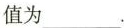
值为_______.